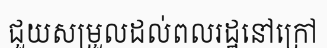
ជួយសម្រួលដល់ពលរដ្ឋនៅក្រៅ